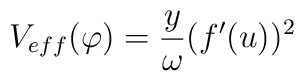
V_{eff}(\varphi)=\frac{y}{\omega}(f^{\prime}(u))^{2}